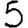
Digit: 5